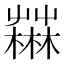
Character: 𣞆